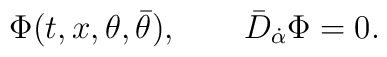
\Phi(t,x,\theta, \bar\theta),\qquad \bar D_{\dot\alpha} \Phi = 0.